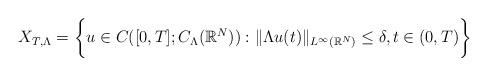
LaTeX: \begin{align*}X_{T,\Lambda}=\bigg\{u\in C([0,T];C_{\Lambda}(\mathbb{R}^{N})):\|\Lambda u(t)\|_{L^{\infty}(\mathbb{R}^{N})}\leq \delta, t\in (0,T)\bigg\}\end{align*}